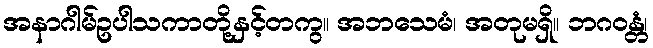
အနာဂါမ်ဥပါသကာတို့နှင့်တကွ။ အဘသေမံ၊ အတုမရှိ။ ဘဂဝန္တံ၊